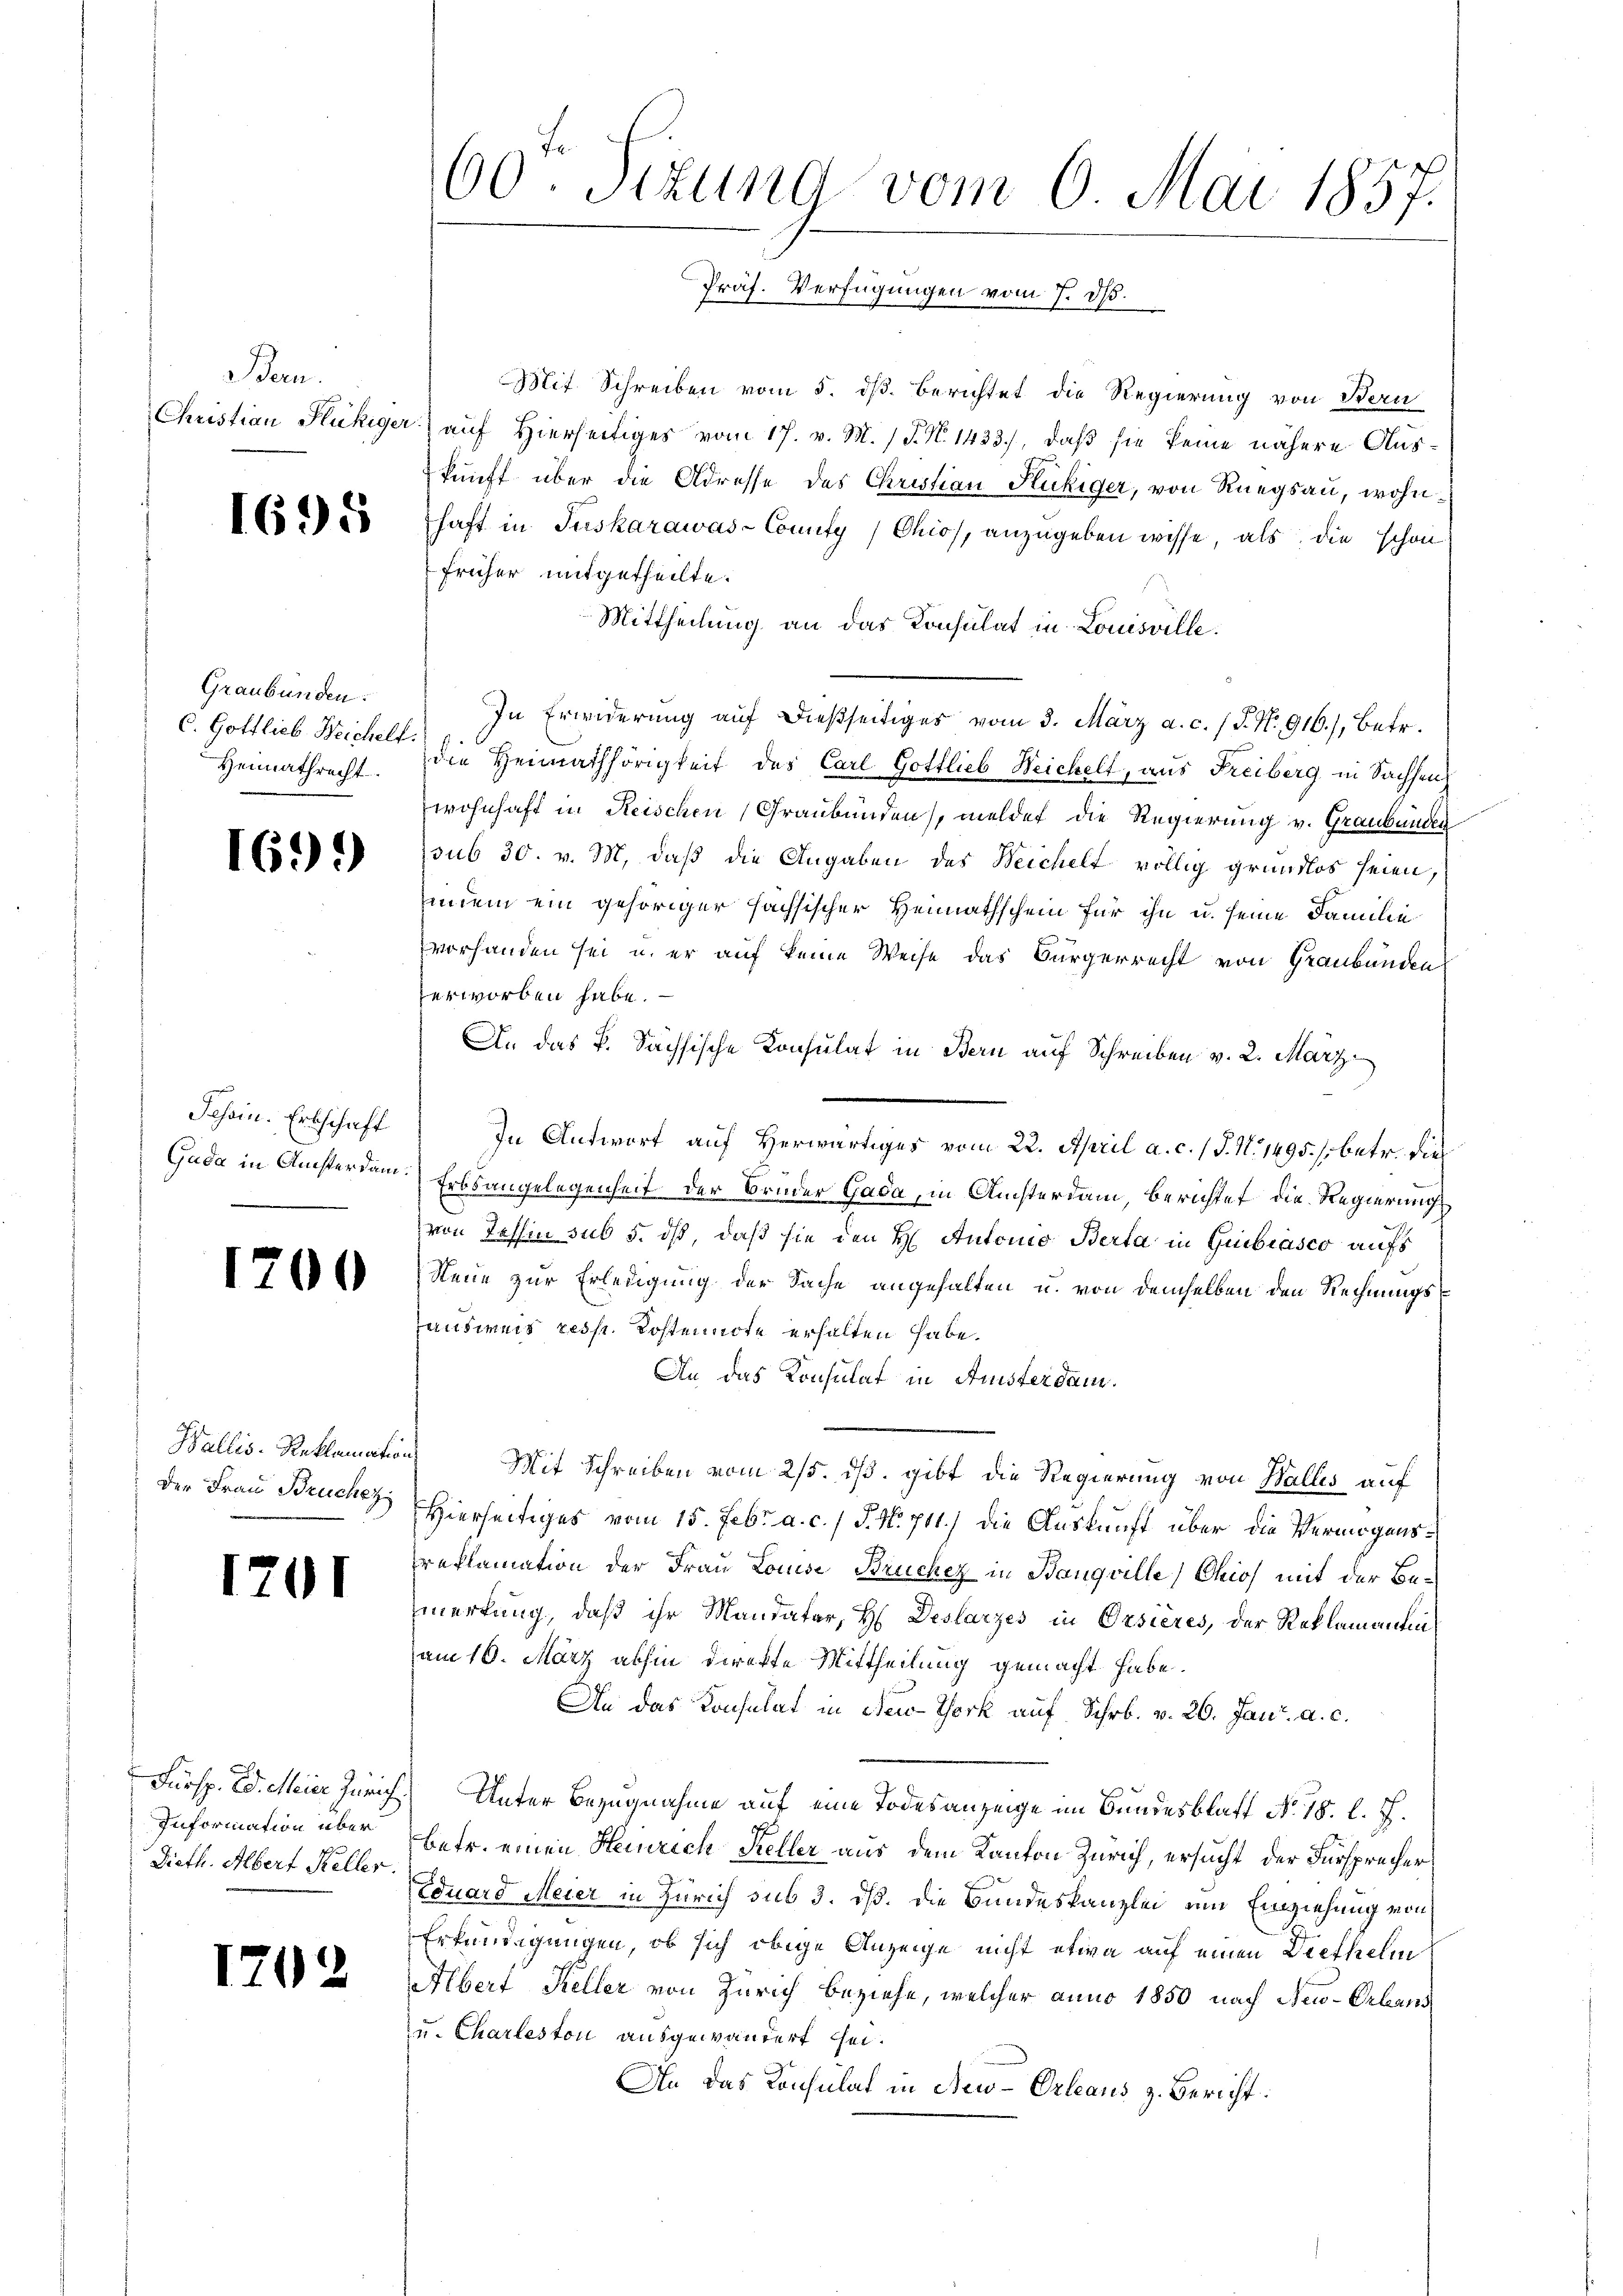
Bern.

1695

Graubünden.
C. Gottlieb Reichelt.
Heimathrecht.

1699

Schein. Erbschaft

1700

Der Frau Brucher

1201

Information über
Dieth. Albert Keller.

1702

60 Sizung vom 6. Mai 1857.
Präf. Verfügungen vom 7. d.

Mit Schreiben vom 5. dß. Berichtet die Regierung von Bern
Christian Flückiger auf Hierseitiges vom 17. v. M. (T. N. 1433), daß sie keine nähere Auskunft über die Adresse des Christian Fickiger, von Ruegsau, wohnhaft in Tuskarawas-County) Ohio, anzugeben wisse, als die schon
früher mitgetheilte.
Mittheilung an das Konsulat in Louisville.
In Erwiderung auf dießseitiges vom 3. März a. c. (T. No. 916.) Betr.
die Heimathörigkeit des Carl Gottlieb Weichelt, aus Freiberg in Sachsens
wohnhaft in Reischen (Graubünden, meldet die Regierung v. Graubünden
psub 30. v. M. daß die Angaben des Beichelt völlig grundlos seien
inein ein gehöriger sächsischer Heimathschein für ihn u. seine Familie
vorhanden sei u. er auf keine Weise das Bürgerrecht von Graubünden
erworben habe.
An das P. Sächsische Konsulat in Bern auf Schreiben v. 2. März
In Antwort auf Herwärtiges vom 22. April a. c. 1 S. N. 1495. s. betr. dies
Guda in Ansterdam. Erbsangelegenheit der Bruder Gada, in Ansterdam, berichtet die Regierungs
von Tessin sub 5. dß, daß sie den H. Antonio Berta in Gubiasco aufs
Neue zur Erledigung der Sache angehalten u. von demselben den Rechnungsausweis resp. Kostennote erhalten habe.
An das Konsulat in Ansterdam.
Wallis-Reklamation Mit Schreiben vom 25. dß. gibt die Regierung von Wallis auf
Hierseitiges vom 15. Febr. a. c. 1 S. Nr. 711.) die Auskunft über die Vermögensreklamation der Frau Louise Brücher in Banquille) Ohio mit der Bemerkung, daß ihr Mandatar, H. Deslarzes in Orsieres, der Reklamantin
am 10. März abhin direkte Mittheilung gemacht habe.
An das Konsulat in New-York auf Schr. v. 26. Jan. a. c.
Fürsp. Ed. Meier Zürich Unter Bezugnahme auf eine Todesanzeige im Bundesblatt No. 18. l. J.
betr. einen Heinrich Keller aus dem Kanton Zürich, ersucht der Fürsprecher
Eduard Meier in Zürich sub 3. dß. Die Bundeskanzlei um Einziehung von
Erkundigungen, ob sich obige Anzeige nicht etwa auf einen Diethelm
Albert Keller von Zürich beziehe, welcher anno 1850 nach New-Orleans
u. Charleston ausgewandert sei.
An das Konsulat in New-Orleaus z. Bericht: